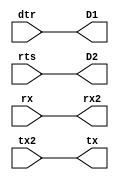
// This program was cloned from: https://github.com/Obijuan/open-fpga-verilog-tutorial
// License: GNU General Public License v2.0

//-----------------------------------------------------------------------------
//-- Pruebas de conexionado del puerto serie
//-- Las seales dtr y rts se cablean a los leds
//-- La seal Rx y Tx se sacan por los pines de la FPGA para unirlos con un 
//-- cable exterior
//------------------------------------------------------------------------------
module echowire2(input wire dtr,
                 input wire rts,
                 input wire rx,
                 input wire tx2,
                 output wire tx,
                 output wire rx2,
                 output wire D1,
                 output wire D2);

//-- Sacar senal dtr y rts por los leds
assign D1 = dtr;
assign D2 = rts;

//-- Sacar seales tx y rx al exterior
assign rx2 = rx;
assign tx = tx2;

endmodule